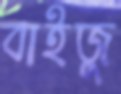
বাইজু